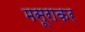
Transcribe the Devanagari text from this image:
मसूराकर